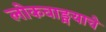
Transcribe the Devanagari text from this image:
लोकवाङ्मयाचे